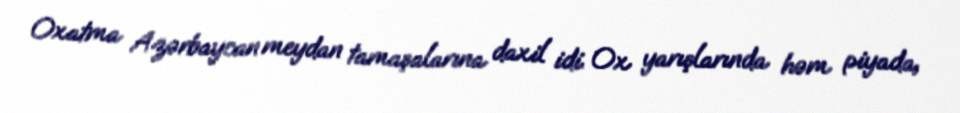
Oxatma Azərbaycan meydan tamaşalarına daxil idi. Ox yarışlarında həm piyada,